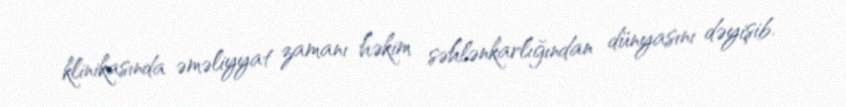
klinikasında əməliyyat zamanı həkim səhlənkarlığından dünyasını dəyişib.